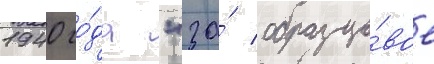
1940 го́да "за́ образцо́вое